Vaccination in Burma 1900-1911 - 1900-1911
Year: 1900
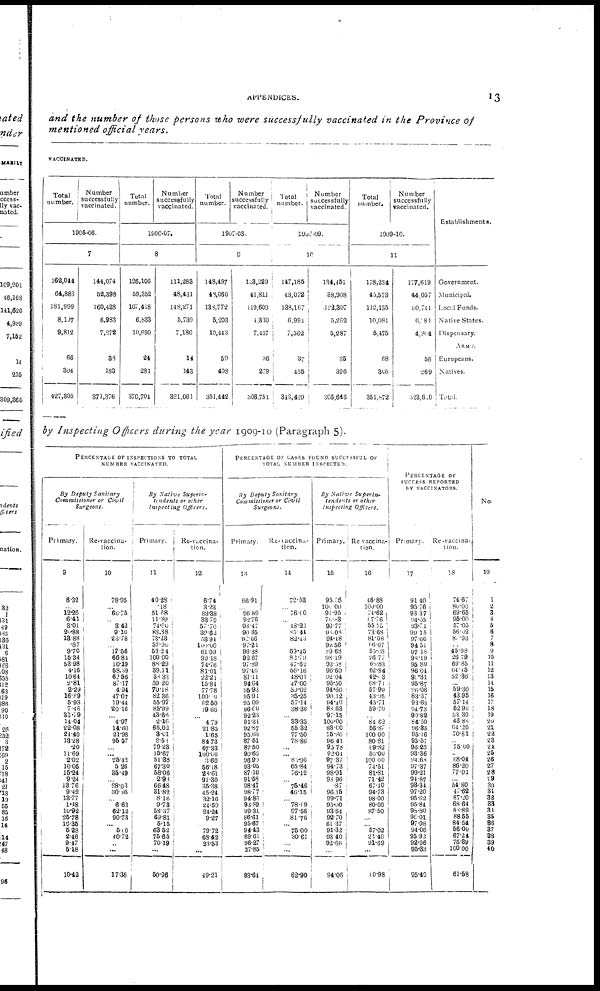
APPENDICES.
13
and the number of those persons who were successfully vaccinated in the Province of
mentioned official years.
VACCINATED.
Total
number.
Number
successfully
vaccinated.
1905-06.
7
162,044
64,883
181,999
8,197
9,812
66
304
427,305
144,074
52,398
160,428
6,983
7,272
38
183
371,376
Total
number.
Number
successfully
vaccinated.
1906-07.
8
126,106
59,352
167,418
6,833
10,690
24
281
370,704
111,283
48,431
148,271
5,739
7,180
14
143
321,061
Total
number.
Number
successfully
vaccinated.
1907-08.
9
148,497
48,060
188,772
5,203
10,443
50
408
351,442
133,229
41,811
119,600
4,330
7,457
36
279
308,751
Total
number.
Number
successfully
vaccinated.
1908-09.
10
147,185
43,072
138,167
6,991
7,562
37
455
343,469
134,451
38,908
122,307
5,262
5,287
35
396
306,646
Total
number.
Number
successfully
vaccinated.
1909-10.
11
178,234
45,573
112,135
10,081
5,475
68
306
351,872
177,619
44,057
90,744
6,181
4,304
56
269
323,600
Establishments.
Government.
Municipal.
Local Funds.
Native States.
Dispensary.
ARMY.
Europeans.
Natives.
Total.
by Inspecting Officers during the year 1909-10 (Paragraph 5).
PERCENTAGE OF INSPECTIONS TO TOTAL
NUMBER VACCINATED.
By Deputy Sanitary
Commissioner or Civil
Surgeons.
Primary.
9
8.32
... 12.26
6.41
3.01
20.88
13.88
.87
9.70
15.34
53.98
4.16
10.64
2.81
2.29
16.89
5.98
7.46
33.79
14.04
22.08
24.40
13.28
.20
11.69
2.02
10.05
15.24
9.24
13.76
9.42
13.77
1.48
10.92
25.78
19.35
528
2.46
9.47
5.18
10.42
Re-vaccina-
tion.
10
78.95
...
66.75
... 3.42
9.10
23.78
...
17.56
66.81
10.19
58.39
62.56
87.17
4.94
47.07
19.44
20.16
...
4.97
14.60
21.98
95.57
...
... 25.42
5.26
35.49
...
28.93
30.95
...
6.63
62.12
90.73
... 510
40.72
...
...
17.38
By Native Superin-
tendents
or other
Inspecting
Officers.
Primary.
11
40.28
.18
51.68
11.89
74.00
88.88
73.23
57.90
53.24
100.00
88.29
39.11
38.33
59.20
70.18
82.36
55.97
85.99
43.66
2.16
65.02
3.01
2.51
79.23
15.67
51.38
67.30
58.06
2.98
66.48
31.82
8.16
9.73
58.37
69.81
5.15
63.52
75.65
70.19
...
50.96
Re-vaccina-
tion.
12
6.74
3.23
83.38
33.79
57.70
39.62
53.94
100.00
61.09
99.18
74.76
81.01
22.21
15.84
77.78
100.00
62.50
19.66
...
4.79
21.85
1.65
84.73
67.33
100.00
3.60
56.18
28.61
91.30
35.38
45.24
32.16
24.50
24.24
9.27
...
79.72
68.42
23.53
...
49.21
PERCENTAGE OF CASES FOUND SUCCESSFUL OF
TOTAL NUMBER INSPECTED.
By Deputy Sanitary
Commissioner or Civil
Surgeons.
Primary.
13
66.91
... 96.89
92.76
98.47
90.65
92.06
97.21
96.38
93.67
97.89
97.46
81.11
94.64
95.93
95.91
95.09
96.60
92.23
91.34
92.87
95.63
87.51
87.50
90.66
96.90
93.05
87.10
91.58
98.47
98.77
94.86
98.89
99.31
86.61
95.67
94.43
69.61
96.27
27.85
93.61
Re-vaccina-
tion.
14
72.53
...
76.00
... 48.25
85.44
82.43
...
69.45
82.79
47.62
56.16
48.01
47.00
50.62
35.25
57.14
38.36
...
33.33
55.32
77.50
78.86
...
... 86.96
65.84
76.12
...
75.46
46.15
...
78.09
97.56
81.76
...
75.00
30.61
...
...
62.90
By Native Superin-
tendents or other
Inspecting Officers.
Primary.
15
95.36
100.00
91.95
70.83
99.77
98.08
94.48
92.56
89.68
98.19
93.58
96.60
92.04
95.50
94.66
90.12
94.40
88.63
97.15
100.00
83.00
75.86
96.41
95.78
92.04
97.37
94.73
98.91
98.96
.87
96.15
99.71
95.00
93.64
92.70
61.37
91.32
93.40
92.66
...
94.06
Re-vaccina-
tion.
16
46.88
100.00
74.62
87.76
55.75
73.68
81.08
66.67
55.08
26.77
68.83
62.34
42.13
68.71
57.99
43.95
45.71
59.70
...
84.62
56.87
100.00
80.81
69.82
50.00
100.00
74.51
81.81
71.42
67.10
94.73
98.00
80.00
87.50
...
... 57.02
21.46
91.69
...
60.98
PERCENTAGE OF
SUCCESS REPORTED
BY VACCINATORS.
Primary.
17
91.40
95.76
93.37
94.05
93.74
99.15
97.66
94.51
97.18
98.19
95.80
96.04
93.31
95.87
96.06
83.37
93.63
94.73
90.82
84.50
96.35
95.16
95.57
96.25
93.36
94.68
97.37
99.21
94.87
98.34
97.20
95.62
95.84
98.80
96.01
97.98
94.06
95.92
92.96
95.33
95.40
Re-vaccina-
tion.
18
74.67
80.00
69.65
95.00
57.05
56.02
87.93
... 45.98
26.79
69.85
64.15
52.36
... 59.30
43.95
57.14
52.90
53.39
46.88
64.20
70.81
... 75.00
... 68.04
86.20
77.01
...
54.80
47.62
87.20
68.64
88.89
88.55
84.54
56.00
67.24
75.39
100.00
61.58
No.
19
1
2 3
4
5
6 7
8
9
10
11
12
13 14
15
16
17
18
19
20
21
22
23
24
25
26
27
28
29
30
31
32
33
31
35
36
37
38
39
40